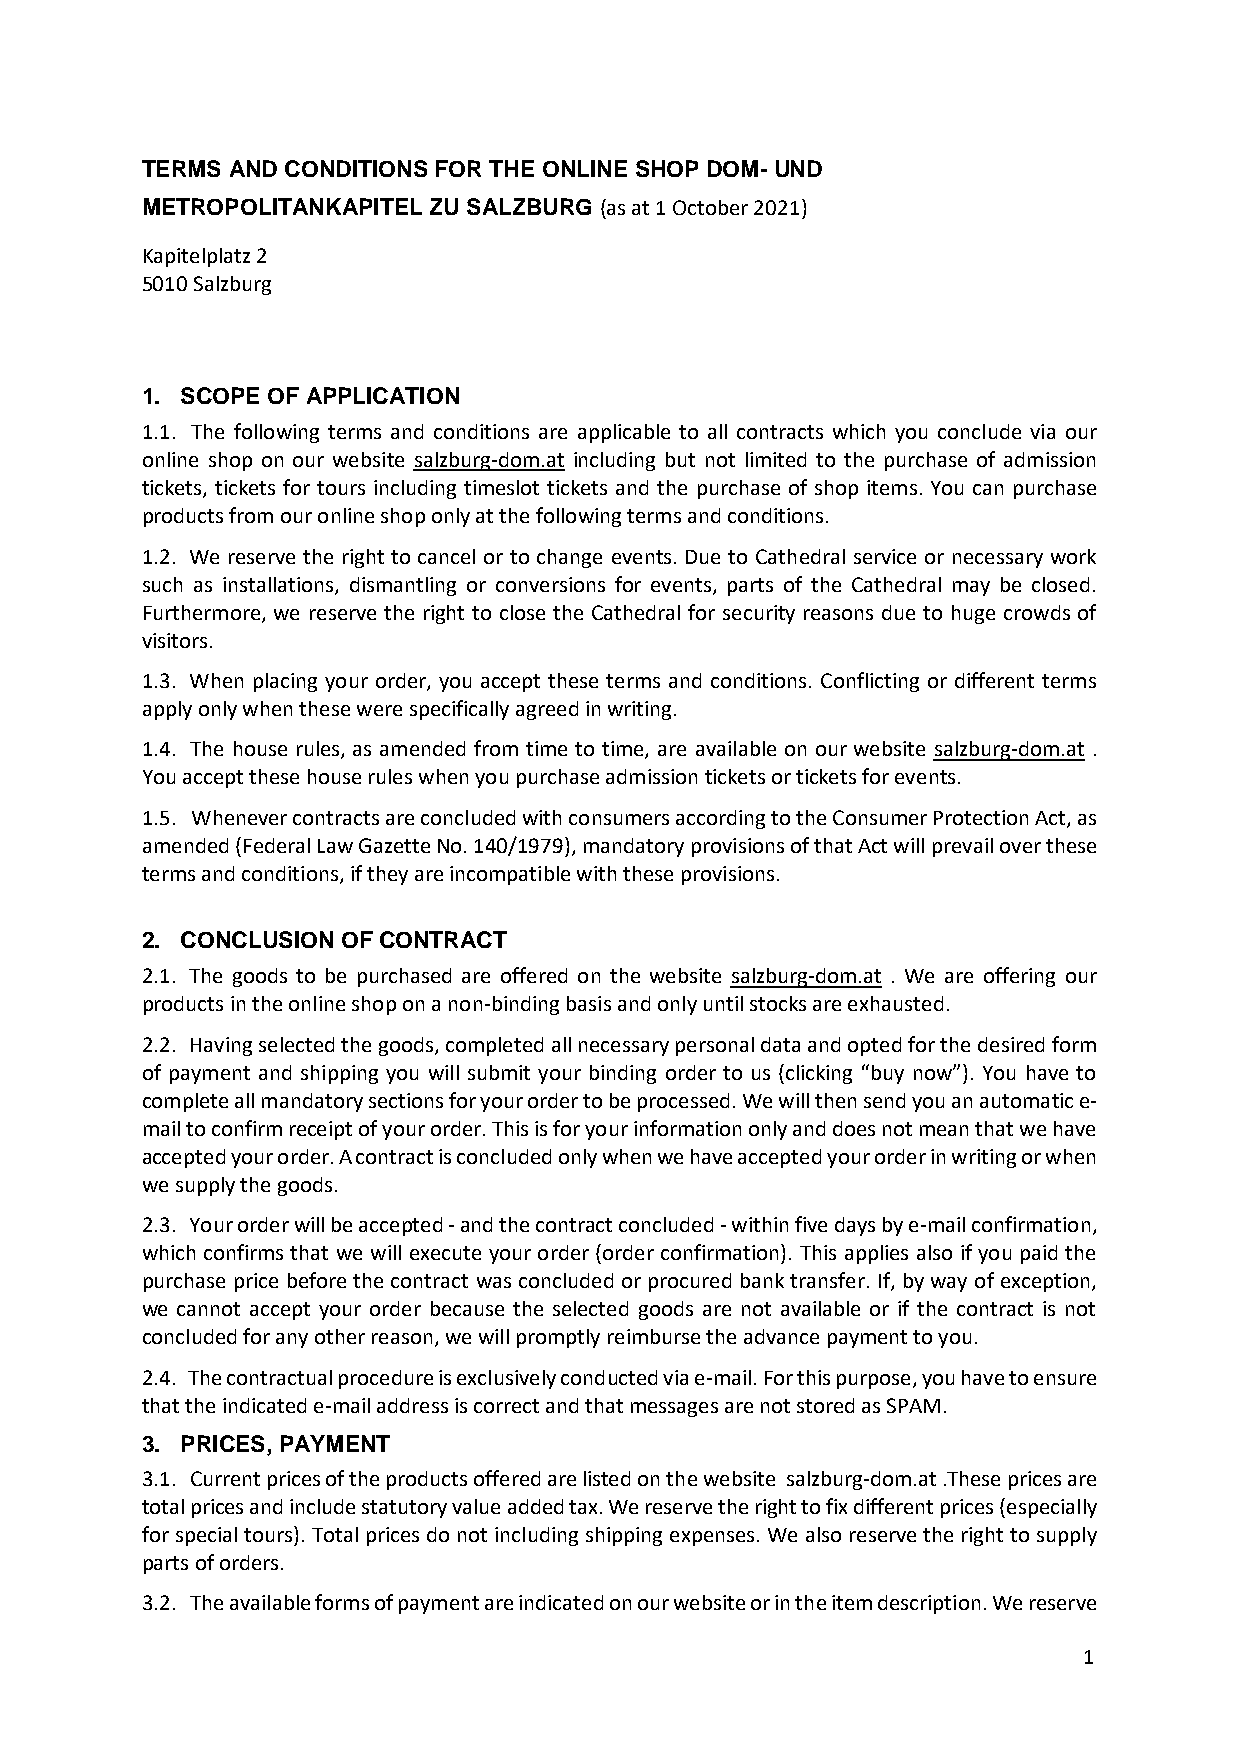
TERMS AND CONDITIONS FOR THE ONLINE SHOP DOM- UND
 METROPOLITANKAPITEL ZU SALZBURG (as at 1 October 2021)
 Kapitelplatz 2
 5010 Salzburg
 1. SCOPE OF APPLICATION
 1.1. The following terms and conditions are applicable to all contracts which you conclude via our
 online shop on our website salzburg-dom.at including but not limited to the purchase of admission
 tickets, tickets for tours including timeslot tickets and the purchase of shop items. You can purchase
 products from our online shop only at the following terms and conditions.
 1.2. We reserve the right to cancel or to change events. Due to Cathedral service or necessary work
 such as installations, dismantling or conversions for events, parts of the Cathedral may be closed.
 Furthermore, we reserve the right to close the Cathedral for security reasons due to huge crowds of
 visitors.
 1.3. When placing your order, you accept these terms and conditions. Conflicting or different terms
 apply only when these were specifically agreed in writing.
 1.4. The house rules, as amended from time to time, are available on our website salzburg-dom.at .
 You accept these house rules when you purchase admission tickets or tickets for events.
 1.5. Whenever contracts are concluded with consumers according to the Consumer Protection Act, as
 amended (Federal Law Gazette No. 140/1979), mandatory provisions of that Act will prevail over these
 terms and conditions, if they are incompatible with these provisions.
 2. CONCLUSION OF CONTRACT
 2.1. The goods to be purchased are offered on the website salzburg-dom.at . We are offering our
 products in the online shop on a non-binding basis and only until stocks are exhausted.
 2.2. Having selected the goods, completed all necessary personal data and opted for the desired form
 of payment and shipping you will submit your binding order to us (clicking “buy now”). You have to
 complete all mandatory sections for your order to be processed. We will then send you an automatic e-
 mail to confirm receipt of your order. This is for your information only and does not mean that we have
 accepted your order. A contract is concluded only when we have accepted your order in writing or when
 we supply the goods.
 2.3. Your order will be accepted - and the contract concluded - within five days by e-mail confirmation,
 which confirms that we will execute your order (order confirmation). This applies also if you paid the
 purchase price before the contract was concluded or procured bank transfer. If, by way of exception,
 we cannot accept your order because the selected goods are not available or if the contract is not
 concluded for any other reason, we will promptly reimburse the advance payment to you.
 2.4. The contractual procedure is exclusively conducted via e-mail. For this purpose, you have to ensure
 that the indicated e-mail address is correct and that messages are not stored as SPAM.
 3. PRICES, PAYMENT
 3.1. Current prices of the products offered are listed on the website salzburg-dom.at .These prices are
 total prices and include statutory value added tax. We reserve the right to fix different prices (especially
 for special tours). Total prices do not including shipping expenses. We also reserve the right to supply
 parts of orders.
 3.2. The available forms of payment are indicated on our website or in the item description. We reserve
 1